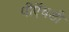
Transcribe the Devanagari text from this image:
पीऍचडी